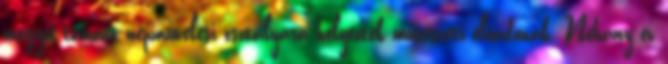
megyei tanács népművelési osztályára helyeztek művészeti előadónak. Néhány év